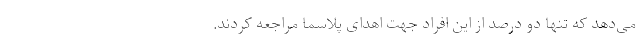
می‌دهد که تنها دو درصد از این افراد جهت اهدای پلاسما مراجعه کردند.